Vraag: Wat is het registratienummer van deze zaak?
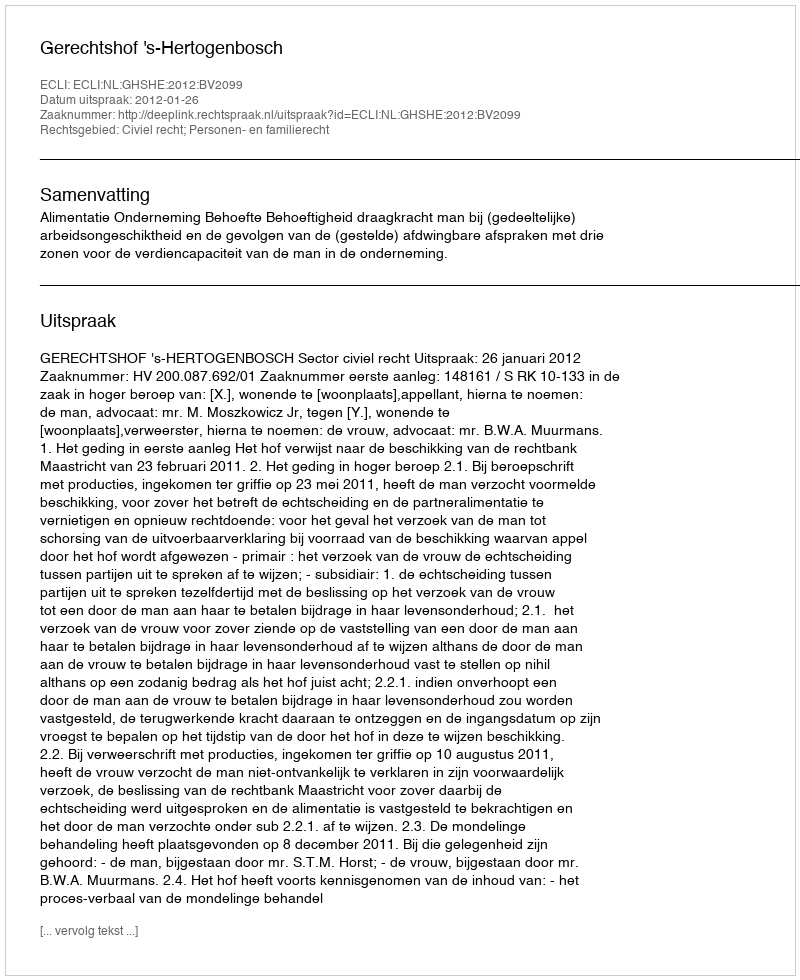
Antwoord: http://deeplink.rechtspraak.nl/uitspraak?id=ECLI:NL:GHSHE:2012:BV2099